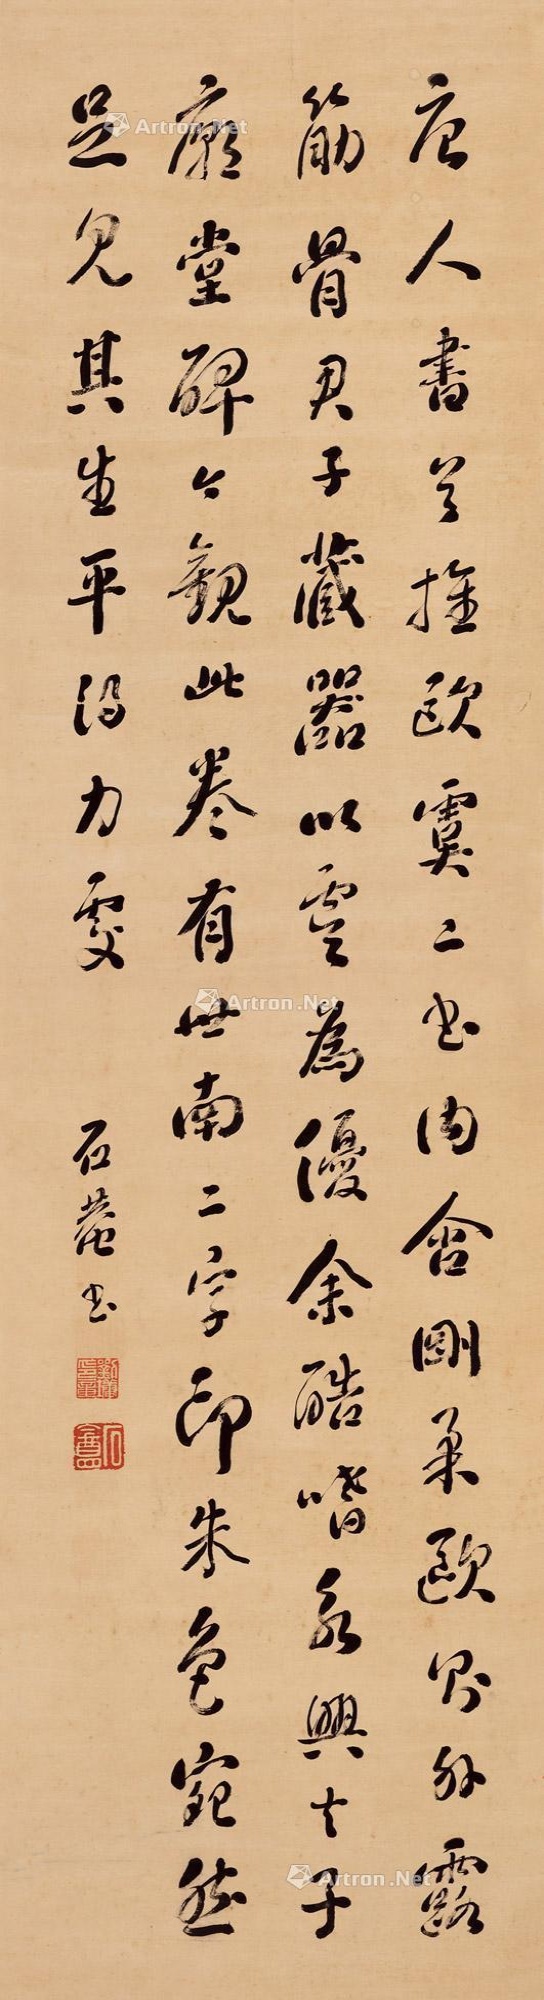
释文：唐人书，首推欧虞二书，内含刚柔，欧则外露筋骨，君子藏器，以虞伪优。余酷嗜永兴《夫子庙堂碑》。今观此卷有“世南”二字印，朱色宛然，足见其生平得力处。石庵书。